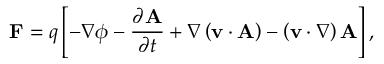
\mathbf { F } = q \left[ - \nabla \phi - { \frac { \partial \mathbf { A } } { \partial t } } + \nabla \left( \mathbf { v } \cdot \mathbf { A } \right) - \left( \mathbf { v } \cdot \nabla \right) \mathbf { A } \right] ,